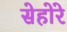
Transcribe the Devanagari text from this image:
सेहोरे